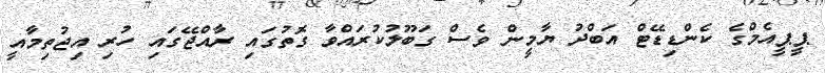
ޕީޕީއެމްގެ ކެންޑިޑޭޓް އަބްދު ޔާމީން ވެސް ގަބޫލުކުރައްވާ ގޮތުގައި ރާއްޖޭގައި ހުރި އިޖުތިމާއީ